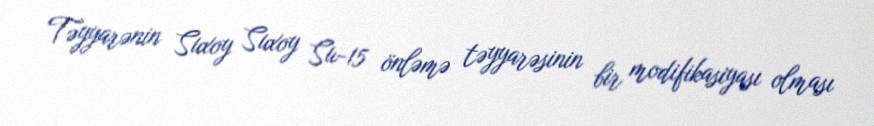
Təyyarənin Suxoy Suxoy Su-15 önləmə təyyarəsinin bir modifikasiyası olması